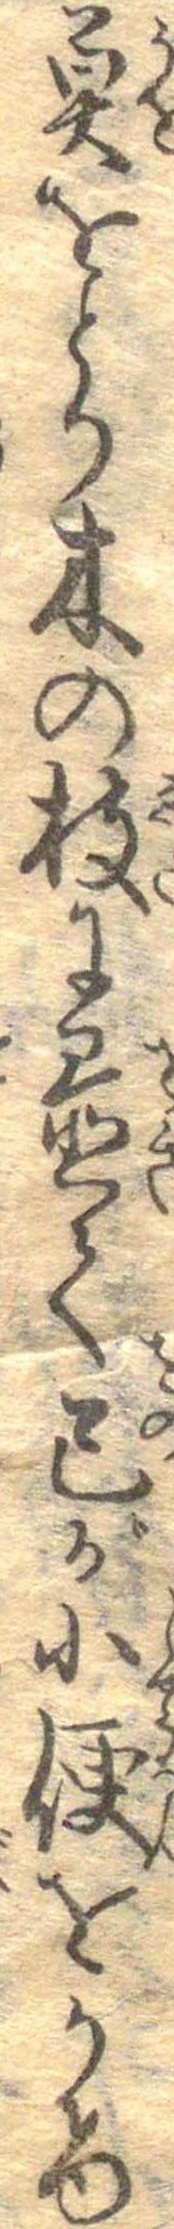
魚をとり木のにに置て己が小便をかけ